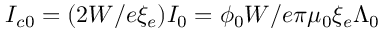
I _ { c 0 } = ( 2 W / e \xi _ { e } ) I _ { 0 } = \phi _ { 0 } W / e \pi \mu _ { 0 } \xi _ { e } \Lambda _ { 0 }